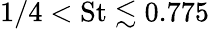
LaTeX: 1/4<\textrm{St}\lesssim 0.775